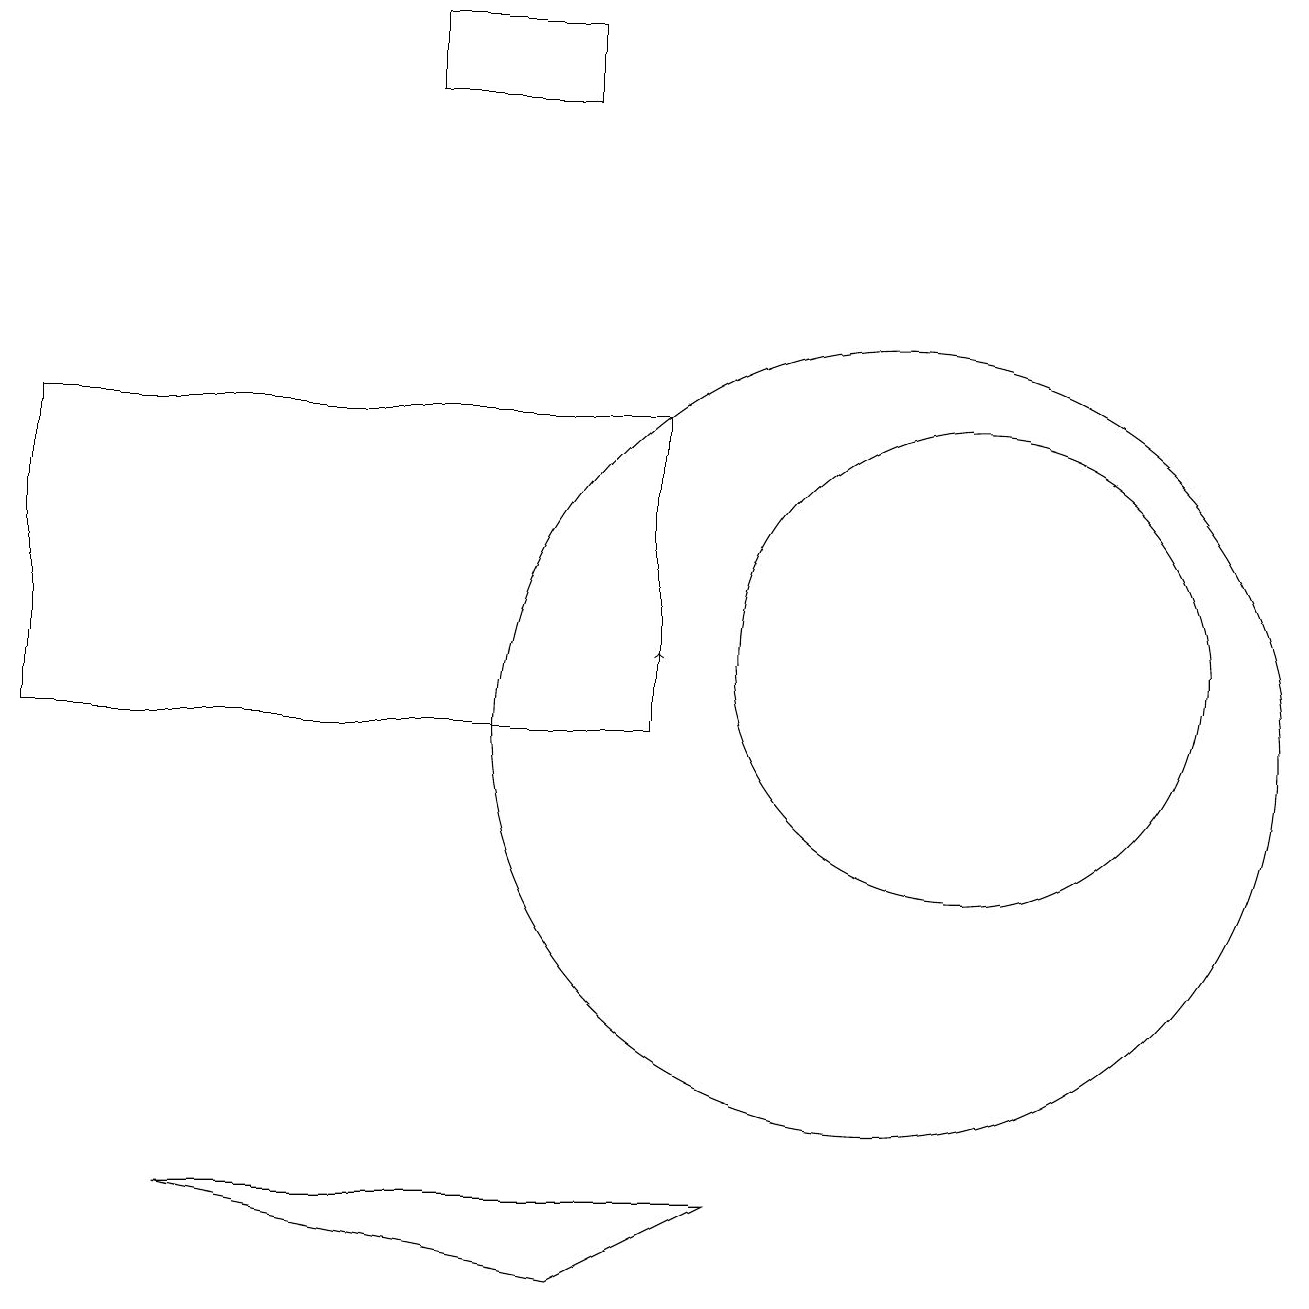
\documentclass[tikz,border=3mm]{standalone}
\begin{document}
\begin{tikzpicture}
\draw (11,10) circle (5);
\draw (7,3) -- (2,4) -- (9,4) -- cycle;
\draw (12,11) circle (3);
\draw[->] (8,11) -- (8,11);
\draw (5,18) rectangle (7,19);
\draw (0,14) rectangle (8,10);
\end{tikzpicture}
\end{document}